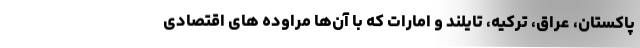
پاکستان، عراق، ترکیه، تایلند و امارات که با آن‌ها مراوده ­های اقتصادی